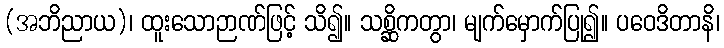
(အဘိညာယ)၊ ထူးသောဉာဏ်ဖြင့် သိ၍။ သစ္ဆိကတွာ၊ မျက်မှောက်ပြု၍။ ပဝေဒိတာနိ၊